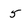
Character: 5